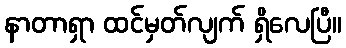
နာတာရှာ ထင်မှတ်လျက် ရှိလေပြီ။